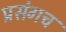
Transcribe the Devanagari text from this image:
प्रसंगच